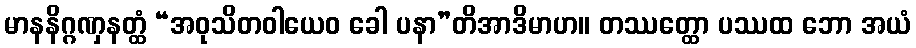
မာနနိဂ္ဂဏှနတ္ထံ “အဝုသိတဝါယေဝ ခေါ ပနာ”တိအာဒိမာဟ။ တဿတ္ထော ပဿထ ဘော အယံ